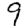
Digit: 9